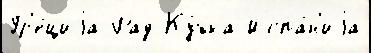
Гр'е́циjа Рад Ку́бка Испа́н'иjа